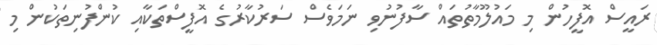
ރައީސް އޮފީހުން މި މައުލޫމާތުތައް ސާފުނުވި ނަމަވެސް ސަރުކާރުގެ އޮފީސްތަކާއި ކުންފުނިތަކުން މި